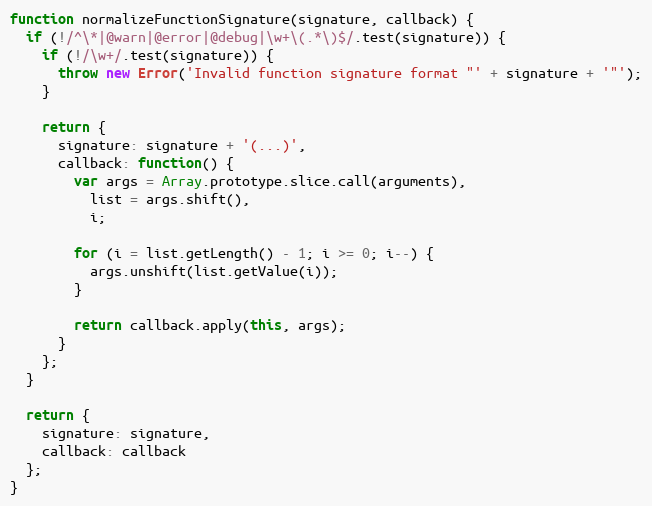
Language: JavaScript
function normalizeFunctionSignature(signature, callback) {
  if (!/^\*|@warn|@error|@debug|\w+\(.*\)$/.test(signature)) {
    if (!/\w+/.test(signature)) {
      throw new Error('Invalid function signature format "' + signature + '"');
    }

    return {
      signature: signature + '(...)',
      callback: function() {
        var args = Array.prototype.slice.call(arguments),
          list = args.shift(),
          i;

        for (i = list.getLength() - 1; i >= 0; i--) {
          args.unshift(list.getValue(i));
        }

        return callback.apply(this, args);
      }
    };
  }

  return {
    signature: signature,
    callback: callback
  };
}